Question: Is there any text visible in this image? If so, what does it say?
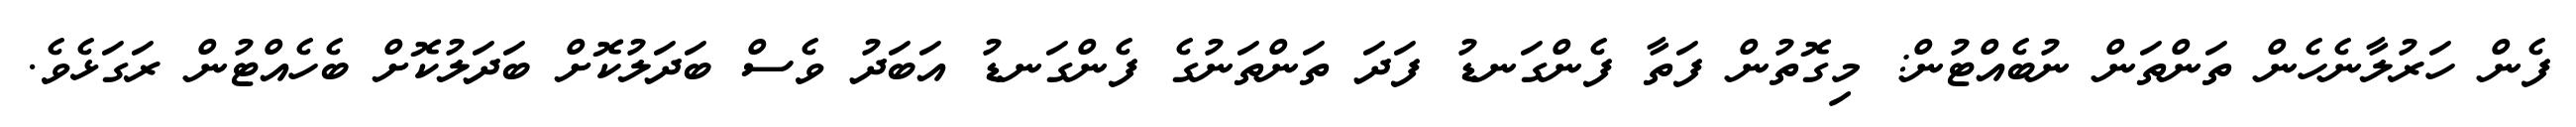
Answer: ފެން ހަރުލާނެހެން ތަންތަން ނުބެއްޓުން: މިގޮތުން ފަތާ ފެންގަނޑު ފަދަ ތަންތަނުގެ ފެންގަނޑު އަބަދު ވެސް ބަދަލުކޮށް ބަދަލުކޮށް ބެހެއްޓުން ރަގަޅެވެ.